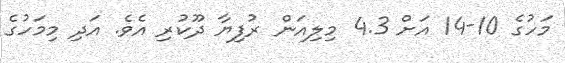
މަހުގެ 10-14 އަށް 4.3 މިލިއަން ރުފިޔާ ދޫކުރި އެވެ. އަދި މިމަހުގެ